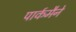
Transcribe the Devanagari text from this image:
पार्कमैने